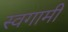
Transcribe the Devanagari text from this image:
स्वगामी